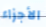
الأجزاء